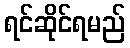
ရင်ဆိုင်ရမည်